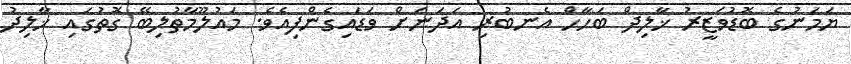
ޔަމަނުގެ ބޮޑުވަޒީރު ޚާލިދް ބަހާހް އެނބުރި އަދަނަށް ވަޑައިގެންފިއެވެ. މައުލޫމާތުލިބޭ ގޮތުގައި ޚާލިދު